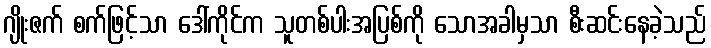
ဂျိုးဇက် စက်ဖြင့်သာ ဒေါ်ကိုင်က သူတစ်ပါးအပြစ်ကို သောအခါမှသာ စီးဆင်းနေခဲ့သည်